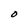
Character: O